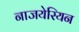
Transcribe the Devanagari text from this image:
नाजयेरियन